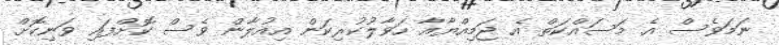
ނަމަވެސް އެ މަސައްކަތް އެ ޖަމިއްޔާއާ ހަވާލުކުރިކަން އިއުލާން ވެސް ކޮށްފައި ވަނިކޮށް